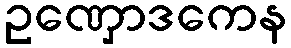
ဥဏှောဒကေန